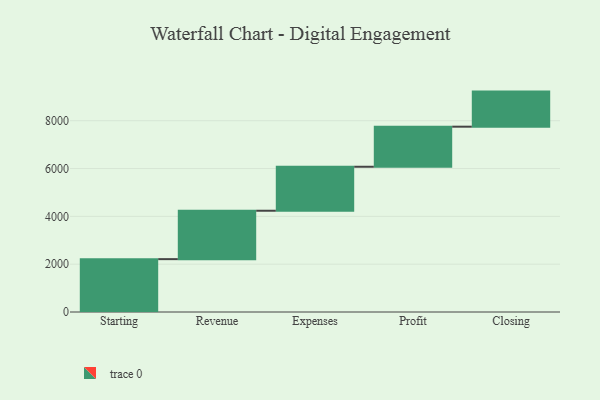
{"axis": {"x": "Step", "y": "Value"}, "legend": [""], "data": [{"x": "Starting", "y": 2211.0, "type": ""}, {"x": "Revenue", "y": 2024.0, "type": ""}, {"x": "Expenses", "y": 1840.0, "type": ""}, {"x": "Profit", "y": 1676.0, "type": ""}, {"x": "Closing", "y": 1467.0, "type": ""}]}